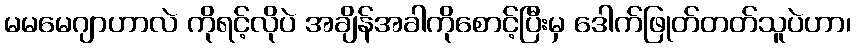
မမမေဂျာဟာလဲ ကိုရင့်လိုပဲ အချိန်အခါကိုစောင့်ပြီးမှ ဒေါက်ဖြုတ်တတ်သူပဲဟာ၊